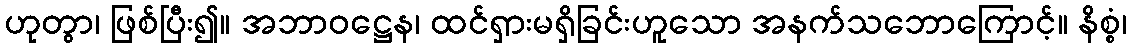
ဟုတွာ၊ ဖြစ်ပြီး၍။ အဘာဝဋ္ဌေန၊ ထင်ရှားမရှိခြင်းဟူသော အနက်သဘောကြောင့်။ နိစ္စံ၊